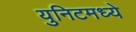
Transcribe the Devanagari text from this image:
युनिटमध्ये